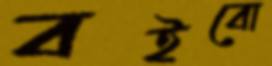
বইবো